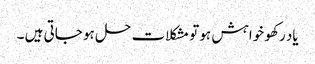
یاد رکھو خواہش ہو تو مشکلات حل ہو جاتی ہیں ۔